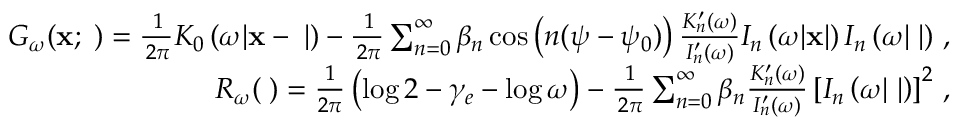
\begin{array} { r l r } & { } & { G _ { \omega } ( { \bf x } ; { \bf \xi } ) = \frac { \, 1 } { \, 2 \pi } K _ { 0 } \left( \omega | { \bf x } - { \bf \xi } | \right) - \frac { \, 1 } { \, 2 \pi } \sum _ { n = 0 } ^ { \infty } \beta _ { n } \cos \left( n ( \psi - \psi _ { 0 } ) \right) \frac { K _ { n } ^ { \prime } ( \omega ) } { I _ { n } ^ { \prime } ( \omega ) } I _ { n } \left( \omega | { \bf x } | \right) I _ { n } \left( \omega | { \bf \xi } | \right) \, , } \\ & { } & { R _ { \omega } ( { \bf \xi } ) = \frac { 1 } { 2 \pi } \left( \log { 2 } - \gamma _ { e } - \log { \omega } \right) - \frac { \, 1 } { \, 2 \pi } \sum _ { n = 0 } ^ { \infty } \beta _ { n } \frac { K _ { n } ^ { \prime } ( \omega ) } { I _ { n } ^ { \prime } ( \omega ) } \left[ I _ { n } \left( \omega | { \bf \xi } | \right) \right] ^ { 2 } \, , } \end{array}